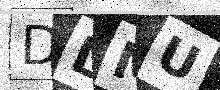
Text: DLMU